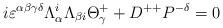
LaTeX: \begin{align*}i\varepsilon^{\alpha\beta\gamma\delta}\Lambda^{i}_{\alpha}\Lambda_{\beta{i}}\Theta^{+}_{\gamma}+D^{++}P^{-\delta}=0\end{align*}